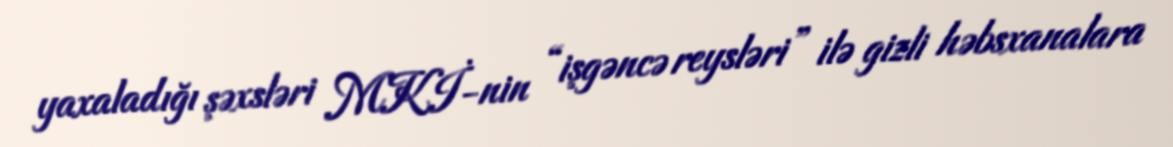
yaxaladığı şəxsləri MKİ-nin “işgəncə reysləri” ilə gizli həbsxanalara